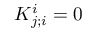
K _ { j ; i } ^ { i } = 0